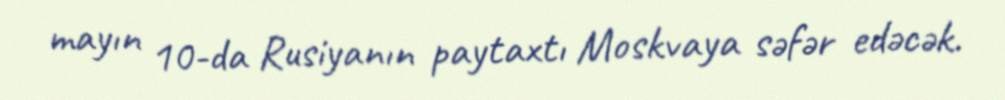
mayın 10-da Rusiyanın paytaxtı Moskvaya səfər edəcək.